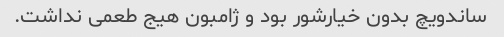
ساندویچ بدون خیارشور بود و ژامبون هیج طعمى نداشت.